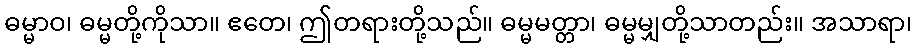
ဓမ္မာဝ၊ ဓမ္မတို့ကိုသာ။ ဧတေ၊ ဤတရားတို့သည်။ ဓမ္မမတ္တာ၊ ဓမ္မမျှတို့သာတည်း။ အသာရာ၊